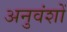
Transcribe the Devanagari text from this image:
अनुवंशों